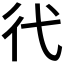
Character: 𢓀